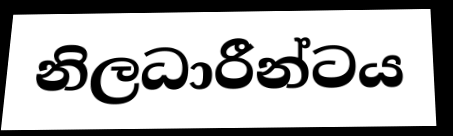
නිලධාරීන්ටය